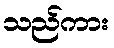
သည်ကား